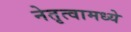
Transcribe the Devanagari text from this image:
नेतृत्वामध्ये